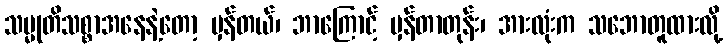
သမ္မုတိသစ္စာအနေနဲ့တော့ မှန်တယ်၊ ဘာကြောင့် မှန်တာတုန်း၊ အားလုံးက သဘောတူထားလို့